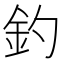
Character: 釣